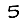
Digit: 5